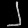
Digit: ၂